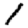
Digit: 1